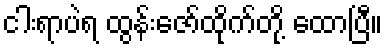
ငါးရာပဲရ ထွန်းဇော်ထိုက်တို့ ထောပြီ။